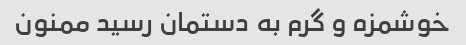
خوشمزه و گرم به دستمان رسید ممنون